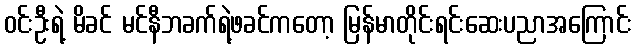
ဝင်းဦးရဲ့ မိခင် မင်နီဘခက်ရဲ့ဖခင်ကတော့ မြန်မာတိုင်းရင်းဆေးပညာအကြောင်း